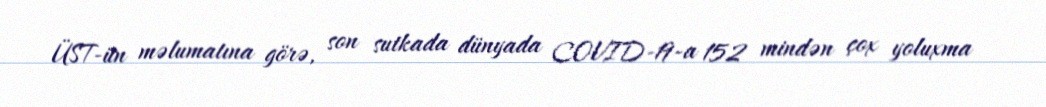
ÜST-ün məlumatına görə, son sutkada dünyada COVID-19-a 152 mindən çox yoluxma